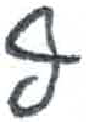
אות: ף